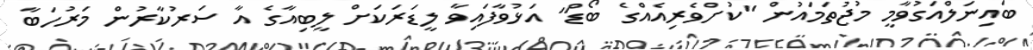
ބައިނަލްއަގުވާމީ މުޖުތަމައުން "ކުށްވެރިއެއްގެ ބޯޑް" އަޅުވާފައިވާ ލީޑަރަކަށް ލީބިއާގެ އާ ސަރުކާރުން މަރުހަބާ